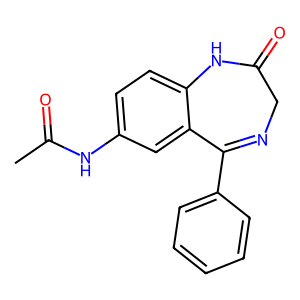
SMILES: CC(=O)Nc1ccc2c(c1)C(c1ccccc1)=NCC(=O)N2
Inhibits HIV replication: No